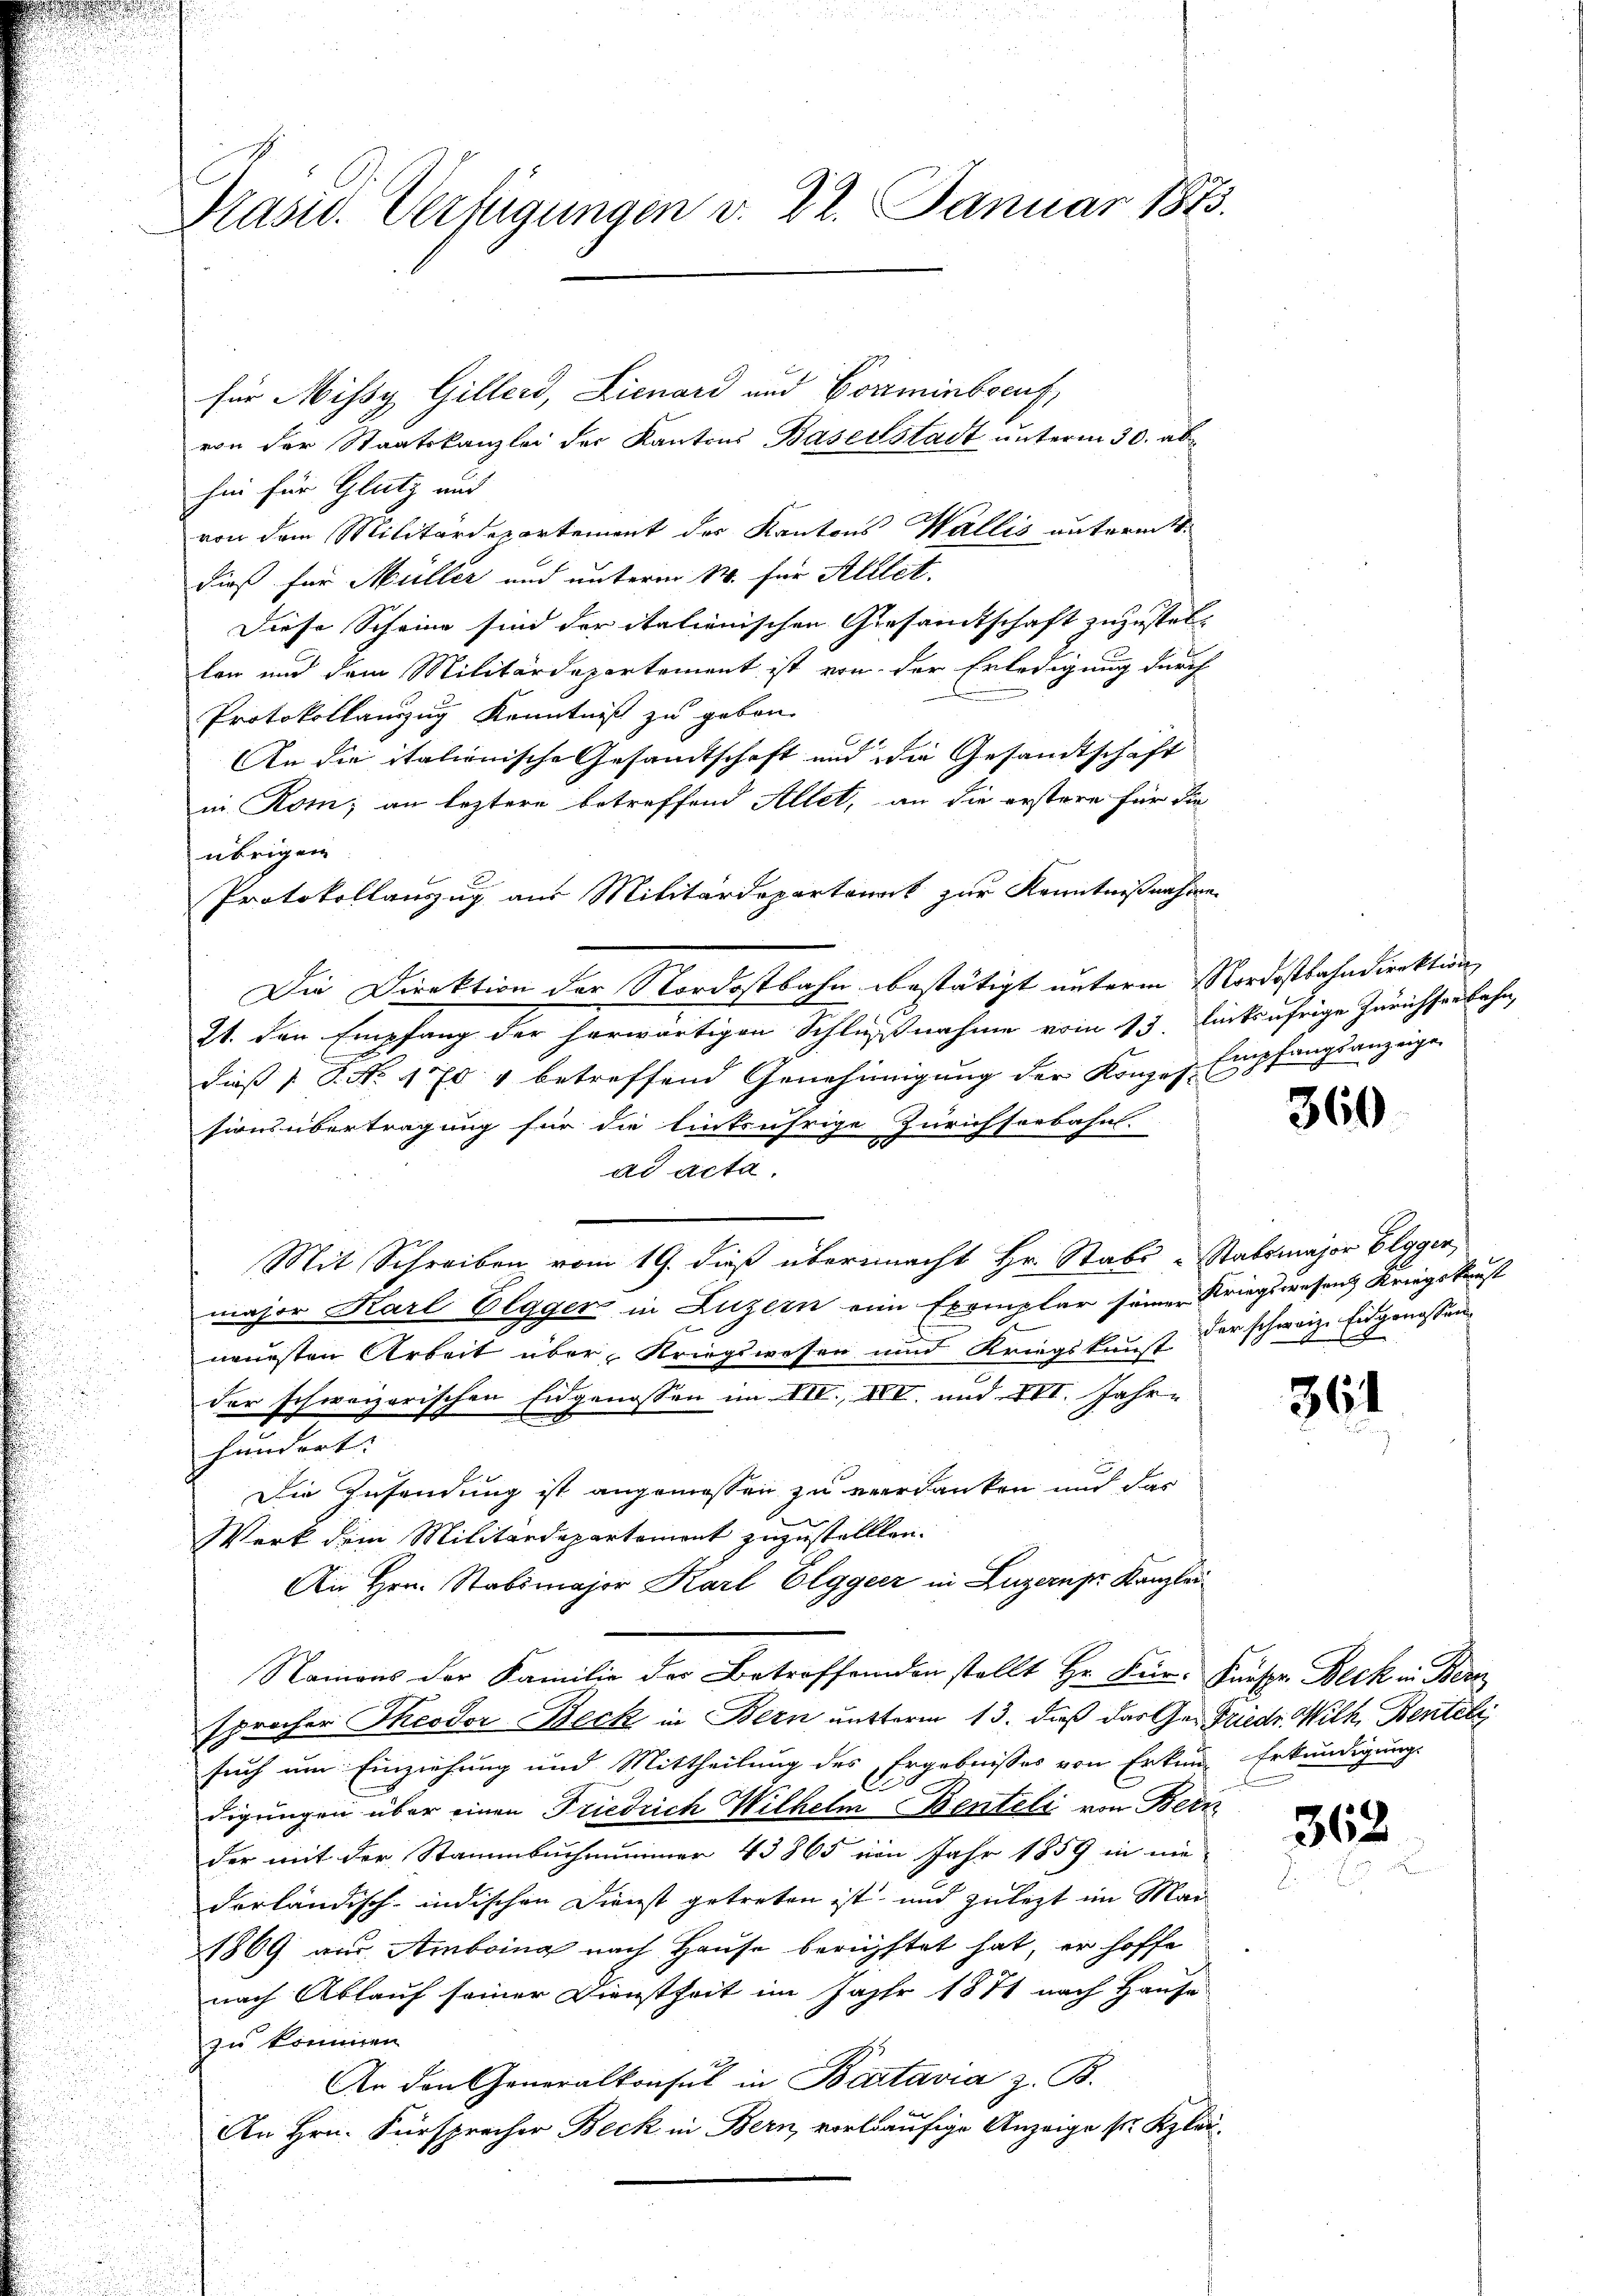
Prasiv. Verfügungen v. 22. Januar 1873.

für Missy Gillers, Lienard und Vorminbocuf,
von der Staatskanzlei der Kantons Baselstadt unterm 30. abhin für Glutz und
von dem Militärdepartement der Kantons Wallis unterm 1.
dieß für Müller und unterm 14. für Alllet.
Diese Scheine sind der italienischen Gesamtschaft zuzustellen und dem Militärdepartement ist von der Erledigung durch
Protokollanzzug Kenntniß zu geben.
An die italienische Gesandtschaft und die Gesandtschaft
in Rom; an leztere betreffend Allet, an die erstere für die
übrigen.
Protokollauszug aus Militärdepartonik zur Kenntnißnahme
Die Direktion der Nordostbahn bestätigt unterm Nordostbahndirektion
21. den Empfang der herwärtigen Schlußnahme vom 13. linkufrige Zürichsenbahn,
dieß P. Nr. 1 704 betreffend Genehmigung der Konzes Empfangsanzeige
sions übertragung für die lintsährige Zürichsorbahns
ad acta.
Mit Schreiben vom 19. dieß übermacht Hr. Stabs-Stabsmajor Elgger,
major Karl Elgger in Luzern eine Exemplar seiner Kriegswesens Kriegskunst
neuesten Arbeit über, Kriegswesen und Kriegskunst
der schweizerischen Eidgenossen im III. III. und XVI. Jahr-
hundert.
Die Zusendung ist angemessen zu verdanken und das
Werk dem Militärdepartement zuzustellten.
An Hrn. Stabsmajor Karl Elggeer in Luzern pr. Kanzlau¬
Namens der Familie der Betroffenden stellt Hr. Für. Fürspr. Beck in Bern
sprocher Theodor Beck in Bern nutterm 13. daß das Ge- Friedr. Wilh. Bentel
such um Einziehung und Mittheilung des Ergebnisses von Erkung Erkundigung
digungen über einen Friedrich Wilhelm Benteli von Bern
der mit der Stammbuch nimmer 43865 von Jahr 1859 in nie
derländisch-indischen Dienst getreten ist, und zulezt im Man
1869 aus Amboina nach Hause berüftet hat, er hoffe
nach Ablauf seiner Dienstheit im Jahr 1871 nach Hause
zu kommen.
An den Generalkonsul in Bactavia z. B.
An Hrn. Fürsprecher Beck in Bern, vorläufige Anzeige ser Kla¬

360

der schweiz. Eidgenossen

361

362